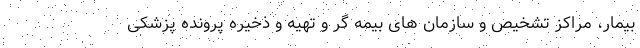
بیمار، مراکز تشخیص و سازمان های بیمه گر و تهیه و ذخیره پرونده پزشکی